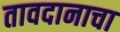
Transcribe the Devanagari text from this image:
तावदानाचा